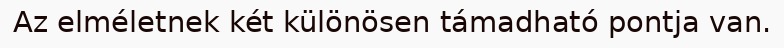
Az elméletnek két különösen támadható pontja van.